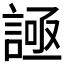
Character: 𧩦